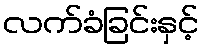
လက်ခံခြင်းနှင့်